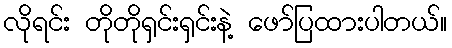
လိုရင်း တိုတိုရှင်းရှင်းနဲ့ ဖော်ပြထားပါတယ်။